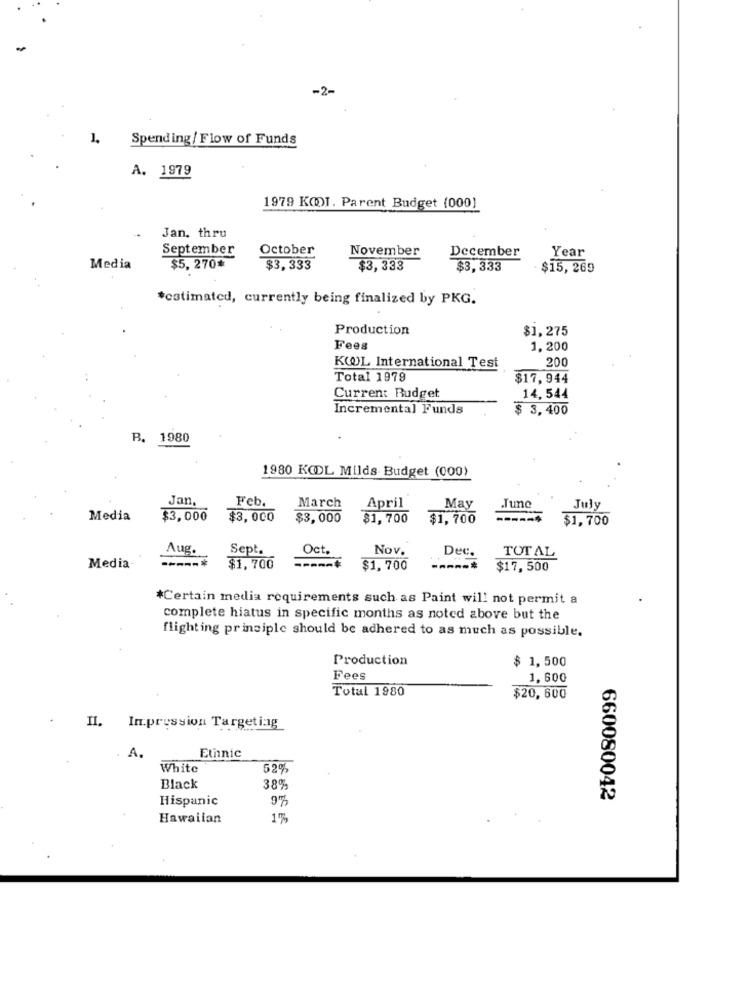
1.
Spending / Flow of Funds
A. 1979
1979 KODI. Parent Budget (000)
Jan. thru
September
October
November
December
Year
Media
$5,270*
$3, 333
$3, 333
$3, 333
$15, 269
*estimated, currently being finalized by PKG.
Production
$1,275
Fees
1,200
200
KWL International Test
Total 1979
$17,944
Current Budget
14,544
Incremental Funds
$ 3,400
B.
1980
1980 KODL Milds Budget (000)
Jan,
Feb.
April
May
March
Tunc
July
Media
$3,000
$3,000
$3,000
$1,700
$1,700
$1,700
Aug.
Sept.
Oct.
Nov.
Dec.
TOTAL
-----*
Media-
$1,700
-----*
$1,700
----*
$17,500
*Certain media requirements such as Paint will not permit a
complete hiatus in specific months as noted above but the
flighting principle should be adhered to as much as possible.
Production
$ 1,500
Fees
1.600
Total 1980
$20,600
II. In.pression Targeting
A.
Ethnic
White
52%
Black
38%
Hispanic
9%
660080042
Hawaiian
1%